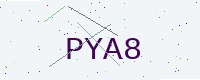
Text: PYA8